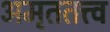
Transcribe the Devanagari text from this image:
अमृततत्त्व